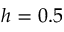
h = 0 . 5